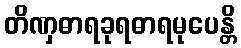
တိဏှဓာရခုရဓာရမုပေန္တိ